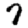
Digit: 7